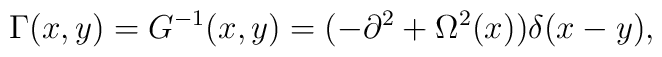
\Gamma(x,y)=G^{-1}(x,y)=(-\partial^2+\Omega^2(x))\delta(x-y),